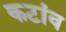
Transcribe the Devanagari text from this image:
कटांव